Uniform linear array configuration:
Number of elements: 32
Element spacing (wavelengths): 0.25
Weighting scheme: hamming
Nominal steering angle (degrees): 60
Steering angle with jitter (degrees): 58.611
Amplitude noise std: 0.05
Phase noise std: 0.05

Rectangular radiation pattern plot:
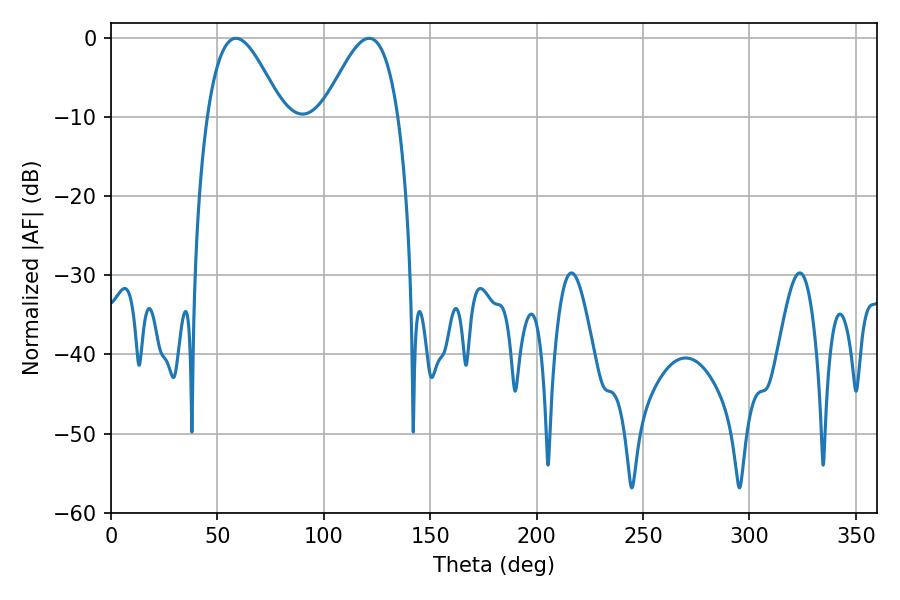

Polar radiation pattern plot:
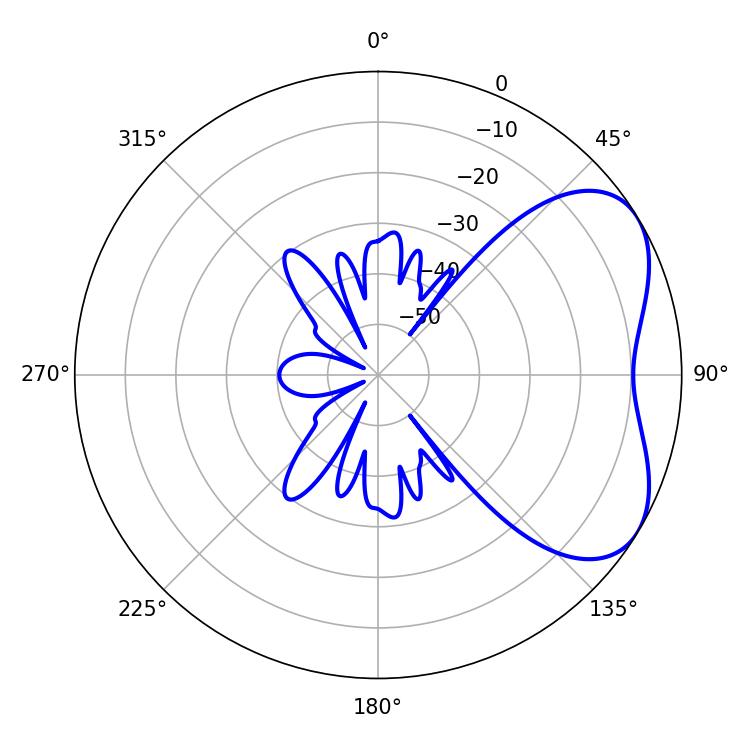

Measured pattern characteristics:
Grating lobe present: FALSE
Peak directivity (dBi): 4.834
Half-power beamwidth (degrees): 19.08
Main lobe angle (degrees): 58.68